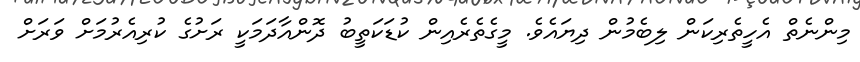
މިންނެތް އެހީތެރިކަން ލިބެމުން ދިޔައެވެ. މީގެތެރެއިން ކުޑަކަތީބު ދޮންއާދަމަކީ ރަށުގެ ކުރިއެރުމަށް ވަރަށް